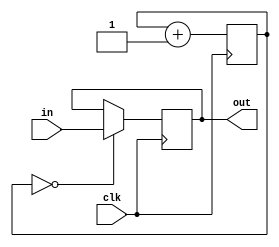
// Remove chattering
module rm_chatter #(
    parameter N = 1
    ) (
    input wire clk,
    input wire [N-1:0] in,
    output reg [N-1:0] out
    );

    reg [15:0] count = 0;

    always @ (posedge clk) begin
        count <= count + 1;

        if (count == 0) begin
            out <= in;
        end
    end

endmodule